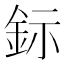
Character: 𨥮